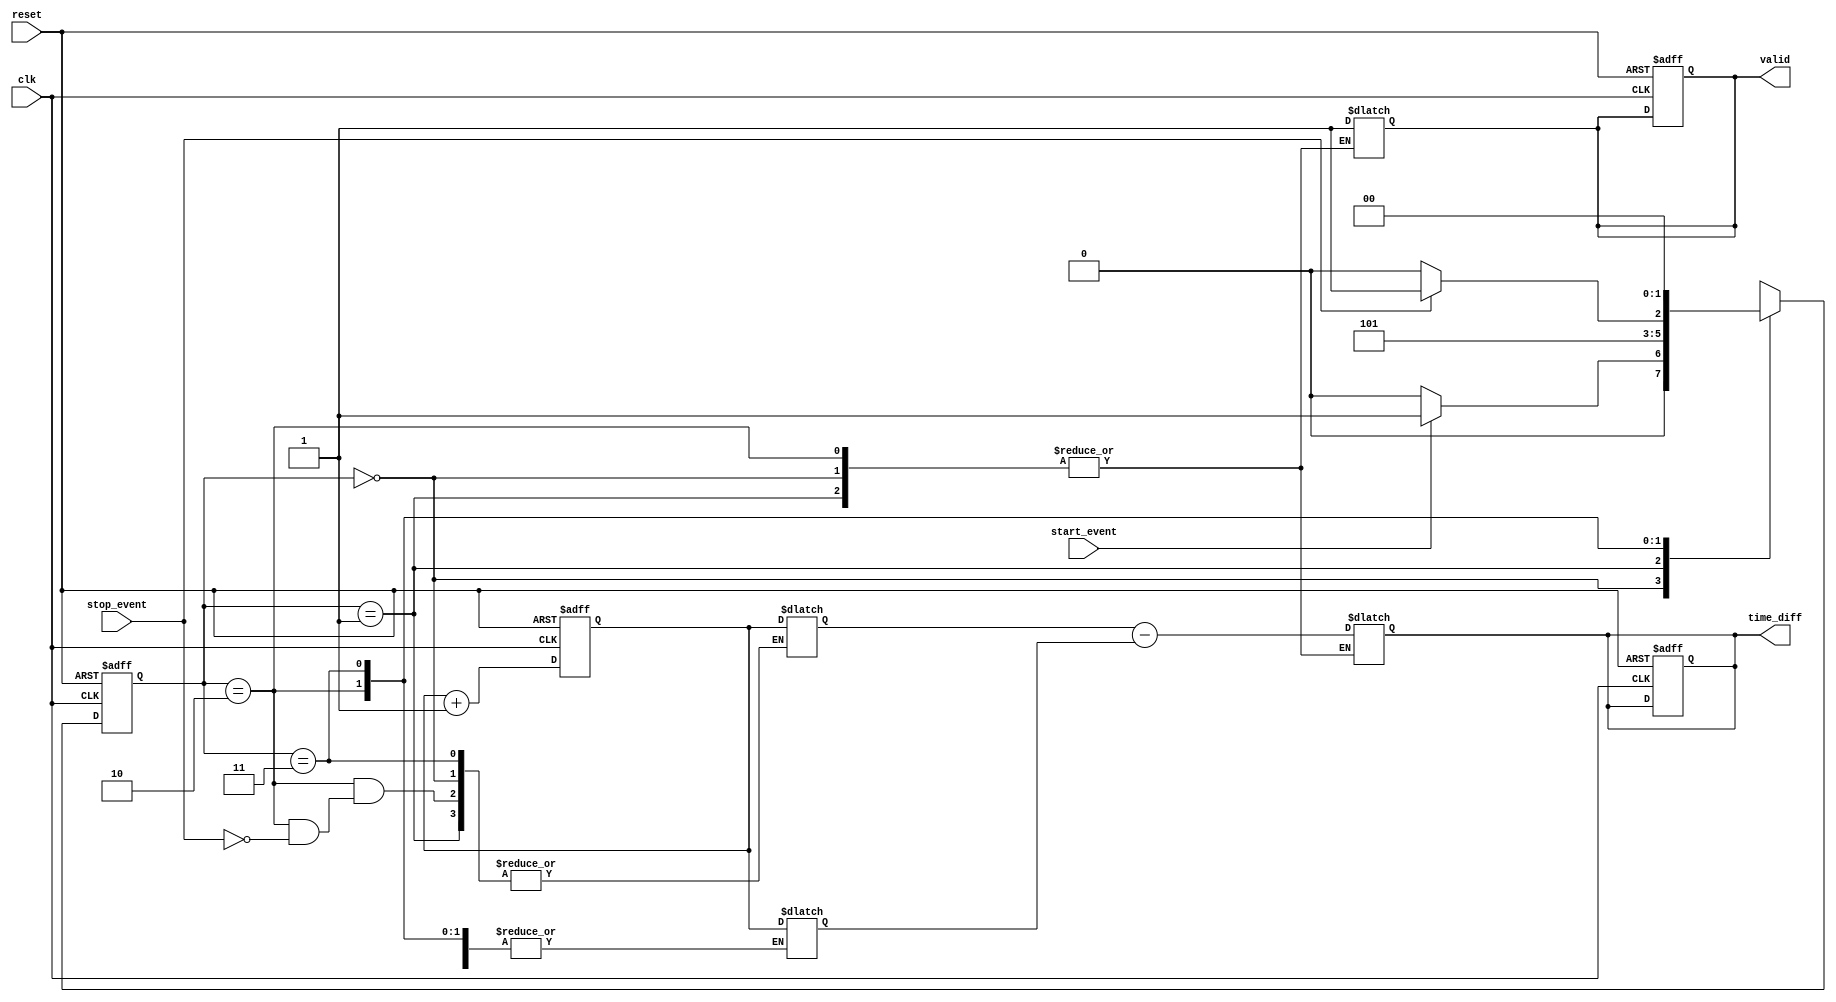
module synchronized_tdc (
    input wire clk,               // Clock input
    input wire reset,             // Asynchronous reset
    input wire start_event,       // Start event signal
    input wire stop_event,        // Stop event signal
    output reg [31:0] time_diff,  // Output time difference
    output reg valid              // Output valid signal
);

    // Parameters
    parameter MEM_SIZE = 2;       // Number of memory blocks for capture
    parameter COUNTER_WIDTH = 32;  // Width of the counter

    // Internal signals
    reg [COUNTER_WIDTH-1:0] counter; // High-resolution counter
    reg [COUNTER_WIDTH-1:0] capture_memory [0:MEM_SIZE-1]; // Capture memory
    reg [COUNTER_WIDTH-1:0] start_time; // Start time
    reg [COUNTER_WIDTH-1:0] stop_time;  // Stop time
    reg [1:0] state; // FSM state
    reg [1:0] next_state; // Next state for FSM

    // State encoding
    localparam IDLE = 2'b00;
    localparam CAPTURE_START = 2'b01;
    localparam CAPTURE_STOP = 2'b10;
    localparam CALCULATE = 2'b11;

    // Counter logic
    always @(posedge clk or posedge reset) begin
        if (reset) begin
            counter <= 0;
        end else begin
            counter <= counter + 1;
        end
    end

    // State machine for event detection and processing
    always @(posedge clk or posedge reset) begin
        if (reset) begin
            state <= IDLE;
            valid <= 0;
            time_diff <= 0;
        end else begin
            state <= next_state;
        end
    end

    // Next state logic
    always @(*) begin
        case (state)
            IDLE: begin
                if (start_event) begin
                    next_state = CAPTURE_START;
                end else begin
                    next_state = IDLE;
                end
            end
            CAPTURE_START: begin
                capture_memory[0] = counter; // Capture start time
                next_state = CAPTURE_STOP;
            end
            CAPTURE_STOP: begin
                if (stop_event) begin
                    capture_memory[1] = counter; // Capture stop time
                    next_state = CALCULATE;
                end else begin
                    next_state = CAPTURE_STOP;
                end
            end
            CALCULATE: begin
                start_time = capture_memory[0];
                stop_time = capture_memory[1];
                time_diff = stop_time - start_time; // Calculate time difference
                valid = 1; // Indicate valid output
                next_state = IDLE; // Go back to idle
            end
            default: next_state = IDLE;
        endcase
    end

endmodule